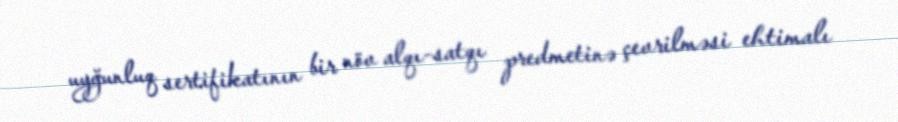
uyğunluq sertifikatının bir növ alqı-satqı predmetinə çevrilməsi ehtimalı